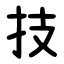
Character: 技